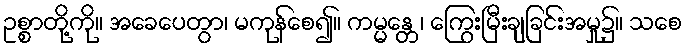
ဥစ္စာတို့ကို။ အခေပေတွာ၊ မကုန်စေ၍။ ကမ္မန္တေ၊ ကြွေးမြီးချခြင်းအမှု၌။ သစေ